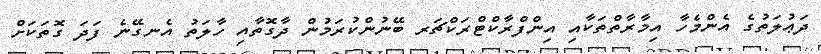
ދަޢުލަތުގެ އެންމެހާ އިމާރާތްތަކާއި އިންފްރާކްޓްރަކްޗަރ ބޭނުންކުރަމުން ދާގޮތާއި ހާލަތު އެނގޭނެ ފަދަ ގޮތަކަށް